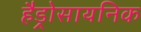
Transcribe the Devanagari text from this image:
हैड्रोसायनिक